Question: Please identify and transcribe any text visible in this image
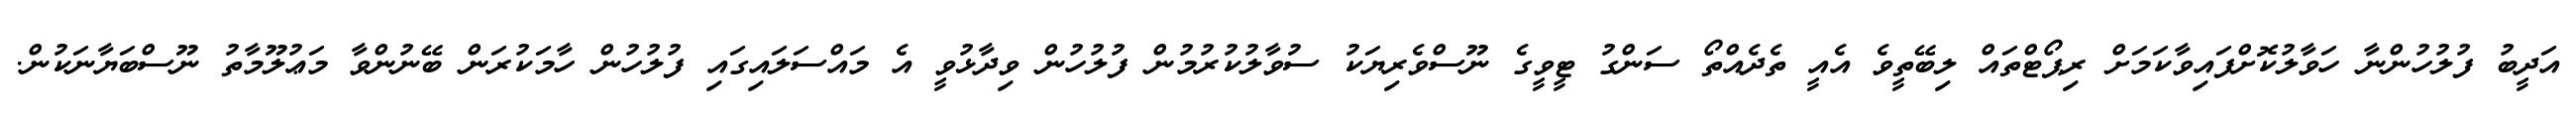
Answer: އަދީބު ފުލުހުންނާ ހަވާލުކޮށްފައިވާކަމަށް ރިޕޯޓްތައް ލިބޭތީވެ އެއީ ތެދެއްތޯ ސަންގު ޓީވީގެ ނޫސްވެރިޔަކު ސުވާލުކުރުމުން ފުލުހުން ވިދާޅުވީ އެ މައްސަލައިގައި ފުލުހުން ހާމަކުރަން ބޭނުންވާ މަޢުލޫމާތު ނޫސްބަޔާނަކުން.